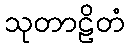
သုတာဠိတံ